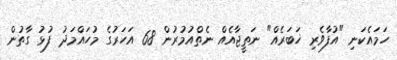
ހަމައެކަނި "އުފާވެރި ޚަބަރެއް" ނަތީޖާއެއް ނެތްއުމުރުން 68 އަހަރުގެ މުހައްމަދު ފުޅު ގާތުން